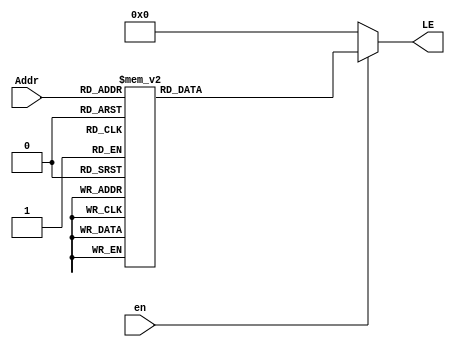
module DEC3to8(Addr,en,LE);
input [2:0]Addr;
input en;
output[7:0]LE;
reg [7:0]_LE;
  always @(Addr)
    case(Addr)
	   3'd0:_LE<=8'b00000001;
		3'd1:_LE<=8'b00000010;
		3'd2:_LE<=8'b00000100;
		3'd3:_LE<=8'b00001000;
		3'd4:_LE<=8'b00010000;
		3'd5:_LE<=8'b00100000;
		3'd6:_LE<=8'b01000000;
		3'd7:_LE<=8'b10000000;
		default:_LE<=8'b00000000;
	endcase
  assign LE=(en)?_LE:8'd0;
endmodule